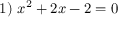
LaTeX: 1 ) \ x ^ { 2 } + 2 x - 2 = 0